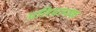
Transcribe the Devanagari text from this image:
प्रतिप्रापक